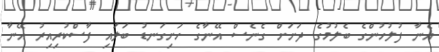
އެނާ ފުލުހުންގެ ބެލުމުގެ ދަށަށް ގެނެސް އޭނާގެ ހަށިގަނޑު ބަލައި ފާސްކުރިއިރު އޭނާ